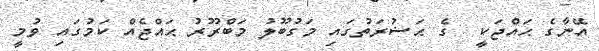
އޭނާގެ ޙައްޖަކީ  ގެ ޙަޟުރަތުގައި މަގުބޫލު މަބްރޫރު ޙައްޖެއް ކަމުގައި ވުމީ